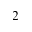
2